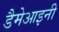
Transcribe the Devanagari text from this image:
डैमेआइनी